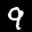
Label: 9